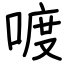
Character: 喥